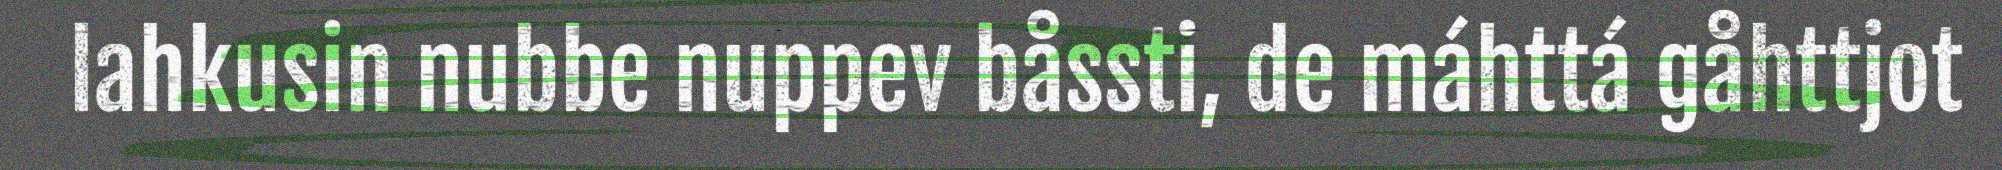
lahkusin nubbe nuppev båssti, de máhttá gåhttjot